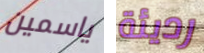
ياسمين رديئة